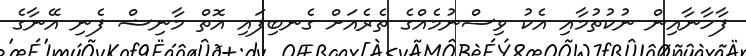
ފާހާނާއިން ނުކުތުމާއި އެކު ވިސްނުމެއްގެ ތެރެއަށް ގެނބިފައި އޮތް މާނިޝް ފެނި އޭނާގެ